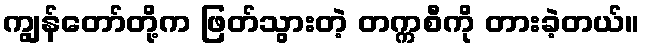
ကျွန်တော်တို့က ဖြတ်သွားတဲ့ တက္ကစီကို တားခဲ့တယ်။